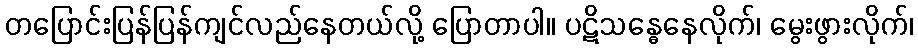
တပြောင်းပြန်ပြန်ကျင်လည်နေတယ်လို့ ပြောတာပါ။ ပဋိသန္ဓေနေလိုက်၊ မွေးဖွားလိုက်၊